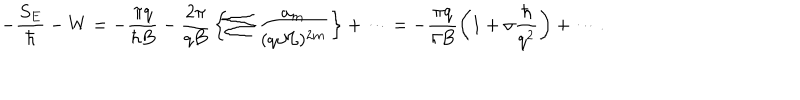
- \frac { S _ { E } } { \hbar } - W = - \frac { \pi q } { \hbar B } - \frac { 2 \pi } { q B } \, \biggl \{ \sum \frac { a _ { m } } { ( q { \cal M } ) ^ { 2 m } } \biggr \} + \cdots = - \frac { \pi q } { \hbar B } \biggl ( 1 + \sigma \frac { \hbar } { q ^ { 2 } } \biggr ) + \cdots .